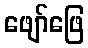
ဖျော်ဖြေ